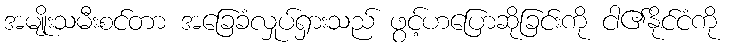
အမျိုးသမီးစင်တာ အခြေခံလှုပ်ရှားသည် ဖွင့်ဟပြောဆိုခြင်းကို ငါ၏နိုင်ငံကို